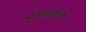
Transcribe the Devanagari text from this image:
पूर्वरंगाला